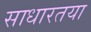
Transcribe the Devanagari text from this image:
साधारतया